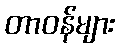
တာဝန်များ